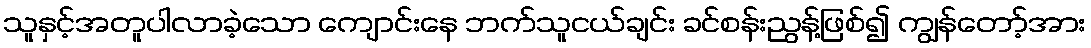
သူနှင့်အတူပါလာခဲ့သော ကျောင်းနေ ဘက်သူငယ်ချင်း ခင်စန်းညွန့်ဖြစ်၍ ကျွန်တော့်အား